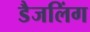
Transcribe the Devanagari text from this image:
डैजलिंग